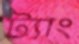
ট্যাং